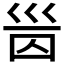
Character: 𡿸